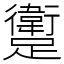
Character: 躗